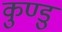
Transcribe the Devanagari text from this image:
कुण्डु